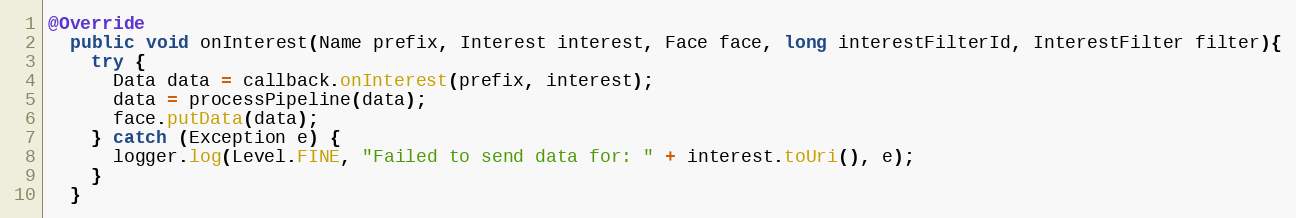
Language: Java
@Override
  public void onInterest(Name prefix, Interest interest, Face face, long interestFilterId, InterestFilter filter){
    try {
      Data data = callback.onInterest(prefix, interest);
      data = processPipeline(data);
      face.putData(data);
    } catch (Exception e) {
      logger.log(Level.FINE, "Failed to send data for: " + interest.toUri(), e);
    }
  }